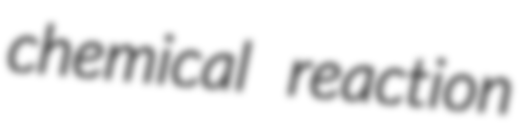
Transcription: chemical reaction